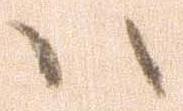
ハ